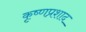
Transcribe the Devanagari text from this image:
कृष्णप्रशाद